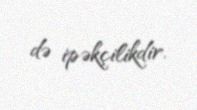
də ipəkçilikdir.